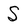
Character: S